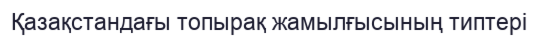
Қазақстандағы топырақ жамылғысының типтері